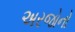
અરજોનો